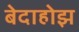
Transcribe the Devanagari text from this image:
बेदाहोझ